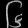
Digit: ၆